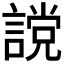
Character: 𧫆